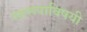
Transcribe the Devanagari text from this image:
स्वरूपाविषयी